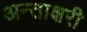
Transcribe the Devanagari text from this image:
अन्ताक्षरी